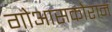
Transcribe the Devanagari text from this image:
गोआसकोरान